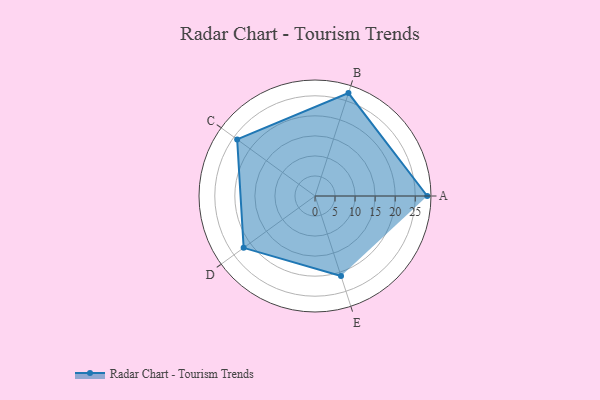
{"axis": {"x": "Skill", "y": "Score"}, "legend": ["Profile"], "data": [{"x": "A", "y": 28.0, "type": "Profile"}, {"x": "B", "y": 27.0, "type": "Profile"}, {"x": "C", "y": 24.0, "type": "Profile"}, {"x": "D", "y": 22.0, "type": "Profile"}, {"x": "E", "y": 21.0, "type": "Profile"}]}